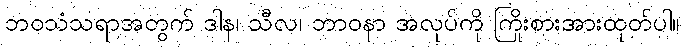
ဘဝသံသရာအတွက် ဒါန၊ သီလ၊ ဘာဝနာ အလုပ်ကို ကြိုးစားအားထုတ်ပါ။